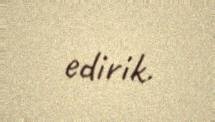
edirik.